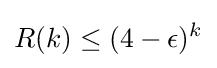
R(k)\leq (4-\epsilon )^{k}